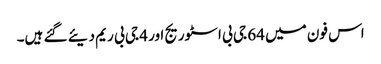
اس فون میں 64 جی بی اسٹوریج اور 4 جی بی ریم دیئے گئے ہیں۔